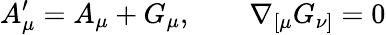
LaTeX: A_{\mu}^{\prime}=A_{\mu}+G_{\mu},\qquad\nabla_{[\mu}G_{\nu]}=0